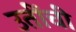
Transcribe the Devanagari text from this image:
उतींची